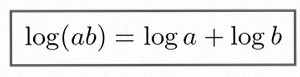
\log(ab)=\log a+\log b